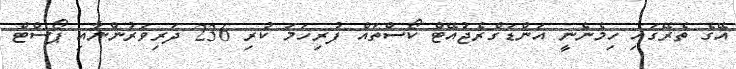
އޭގެ ތެރޭގައި ހިމެނެނީ އަންޑަގްރެޖުއޭޓް ކޯސްތައް ފުރިހަމަ ކުރި 236 ދަރިވަރުންނާއި ޕޯސްޓް